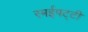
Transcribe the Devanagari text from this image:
रमईपट्टी